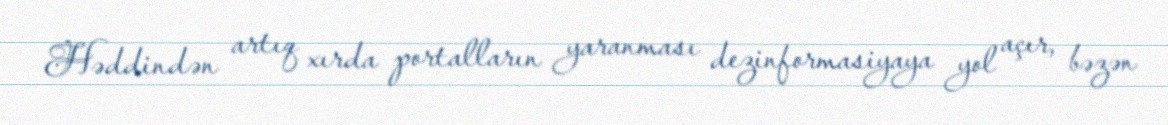
Həddindən artıq xırda portalların yaranması dezinformasiyaya yol açır, bəzən